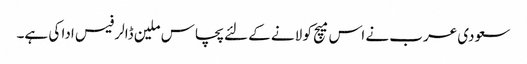
سعودی عرب نے اس میچ کو لانے کے لئے پچاس ملین ڈالر فیس ادا کی ہے۔